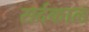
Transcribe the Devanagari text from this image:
सर्दकाल